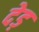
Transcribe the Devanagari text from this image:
देड़